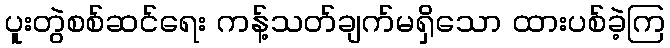
ပူးတွဲစစ်ဆင်ရေး ကန့်သတ်ချက်မရှိသော ထားပစ်ခဲ့ကြ